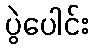
ပွဲပေါင်း